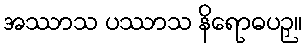
အဿာသ ပဿာသ နိရောဓပဉှ။